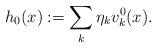
LaTeX: \begin{align*}h_0(x) := \sum\limits_{k} \eta_k v_k^0(x).\end{align*}